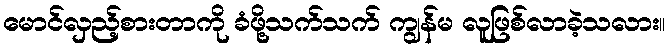
မောင်လှည့်စားတာကို ခံဖို့သက်သက် ကျွန်မ လူဖြစ်လာခဲ့သလား။